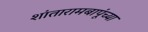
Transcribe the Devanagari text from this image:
शांतारामबापूंच्या